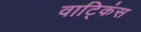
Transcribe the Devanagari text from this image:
वाट्किंस